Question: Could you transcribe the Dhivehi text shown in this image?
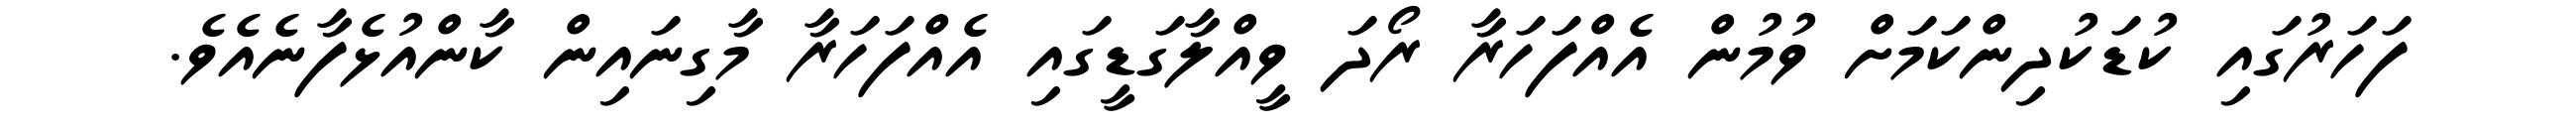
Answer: ފަހަރުގައި ކުޑަކުދިންކަމަށް ވުމުން އެއްފަހަރާ ރޯދަ ވީއްލާގަޑީގައި އެއްފަހަރާ މާގިނައިން ކާންއުޅެފާނެއެވެ.